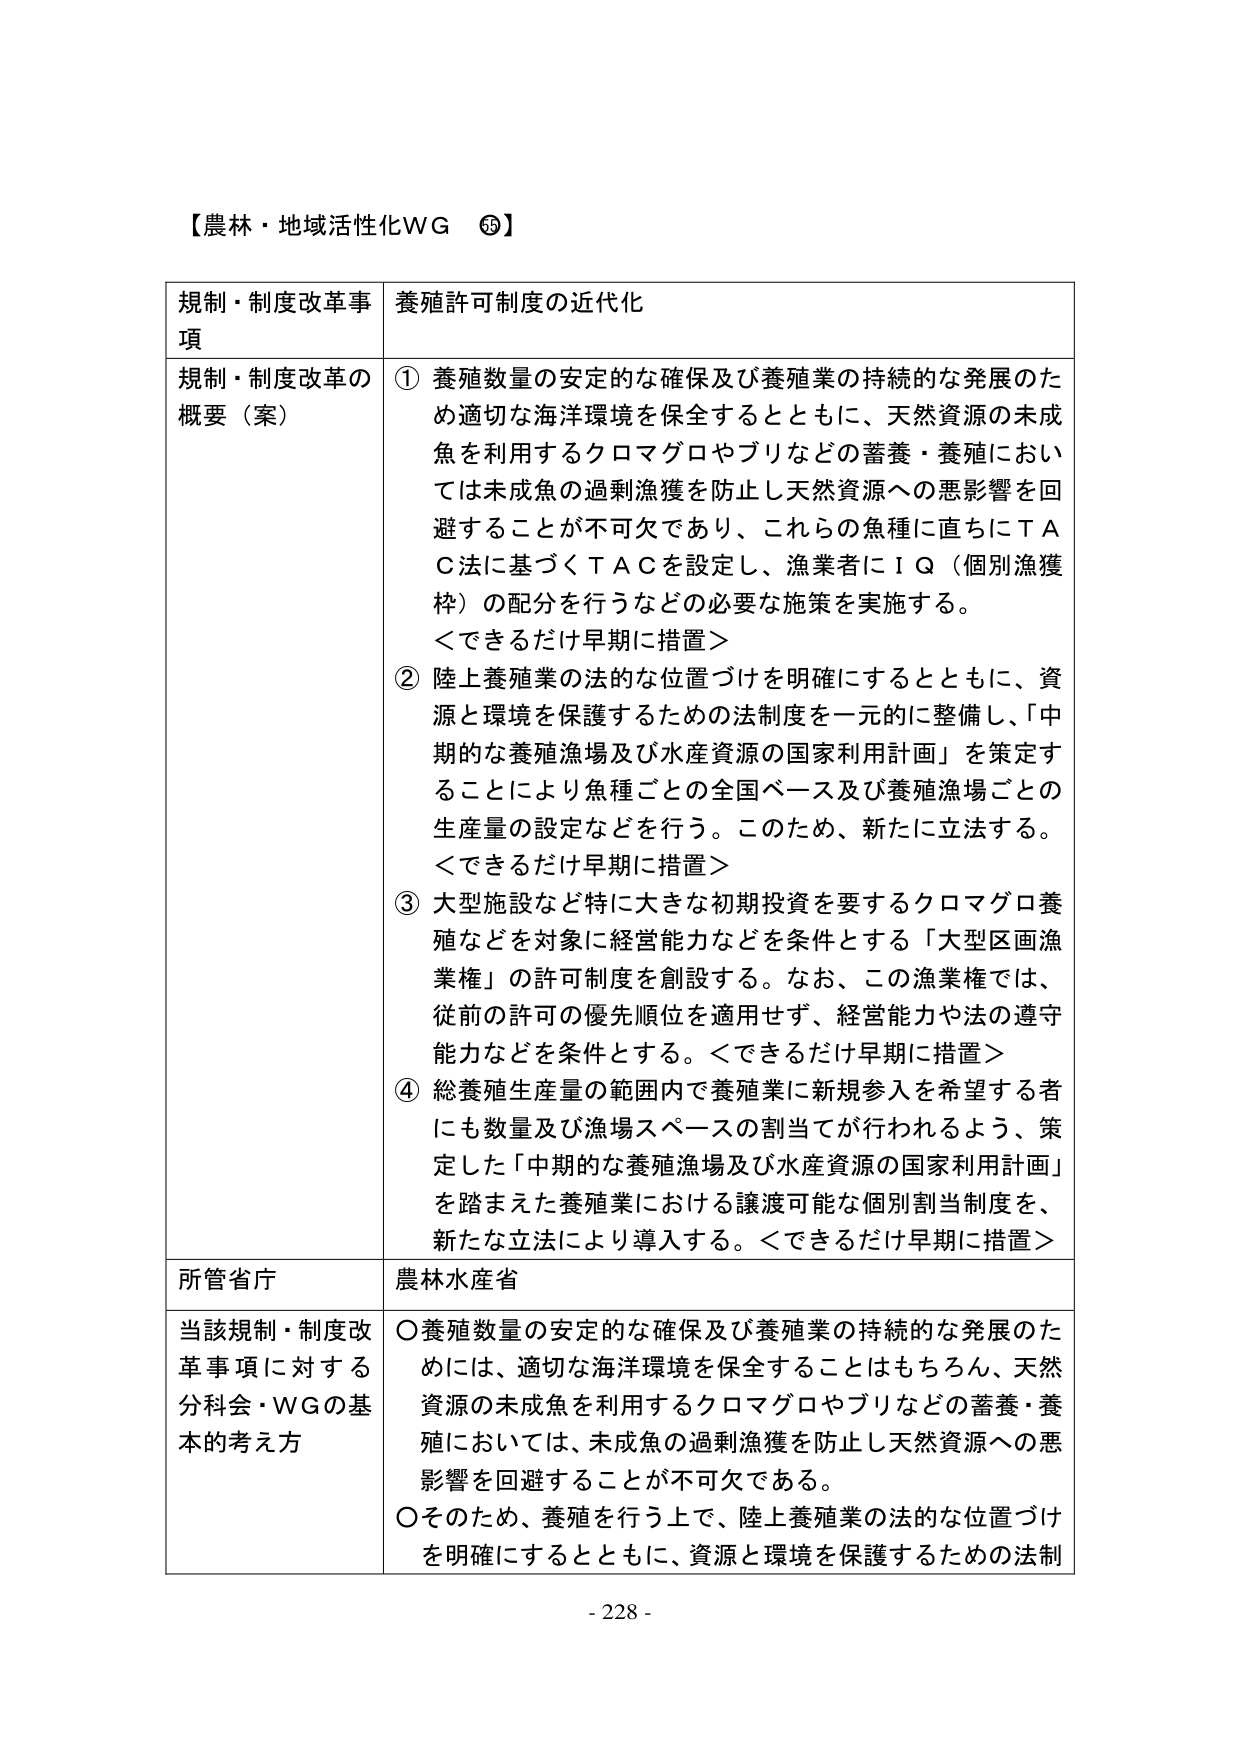
【農林・地域活性化WG ⑯】

規制・制度改革事項 養殖許可制度の近代化

規制・制度改革の概要（案）
① 養殖数量の安定的な確保及び養殖業の持続的な発展のため適切な海洋環境を保全するとともに、天然資源の未成魚を利用するクロマグロやブリなどの蓄養・養殖においては未成魚の過剰漁獲を防止し天然資源への悪影響を回避することが不可欠であり、これらの魚種に直ちにＴＡＣ法に基づくＴＡＣを設定し、漁業者にＩＱ（個別漁獲枠）の配分を行うなどの必要な施策を実施する。
＜できるだけ早期に措置＞

② 陸上養殖業の法的な位置づけを明確にするとともに、資源と環境を保護するための法制度を一元的に整備し、「中期的な養殖漁場及び水産資源の国家利用計画」を策定することにより魚種ごとの全国ベース及び養殖漁場ごとの生産量の設定などを行う。このため、新たに立法する。
＜できるだけ早期に措置＞

③ 大型施設など特に大きな初期投資を要するクロマグロ養殖などを対象に経営能力などを条件とする「大型区画漁業権」の許可制度を創設する。なお、この漁業権では、従前の許可の優先順位を適用せず、経営能力や法の遵守能力などを条件とする。＜できるだけ早期に措置＞

④ 総養殖生産量の範囲内で養殖業に新規参入を希望する者にも数量及び漁場スペースの割当てが行われるよう、策定した「中期的な養殖漁場及び水産資源の国家利用計画」を踏まえた養殖業における譲渡可能な個別割当制度を、新たな立法により導入する。＜できるだけ早期に措置＞

所管省庁 農林水産省

当該規制・制度改革事項に対する分科会・WGの基本的考え方
○養殖数量の安定的な確保及び養殖業の持続的な発展のためには、適切な海洋環境を保全することはもちろん、天然資源の未成魚を利用するクロマグロやブリなどの蓄養・養殖においては、未成魚の過剰漁獲を防止し天然資源への悪影響を回避することが不可欠である。
○そのため、養殖を行う上で、陸上養殖業の法的な位置づけを明確にするとともに、資源と環境を保護するための法制

- 228 -